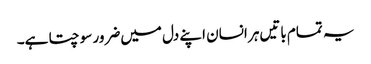
یہ تمام باتیں‌ہر انسان اپنے دل میں‌ضرور سوچتا ہے۔